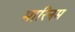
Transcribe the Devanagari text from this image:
मारिनम